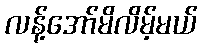
လန့်အော်မိလိမ့်မယ်